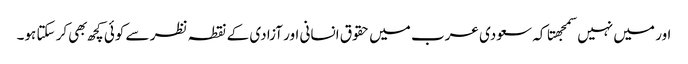
اور میں نہیں سمجهتا کہ سعودی عرب میں حقوق انسانی اور آزادی کے نقطہ نظر سے کوئی کچھ بهی کر سکتا ہو۔